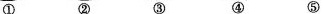
① ② ③ ④ ⑤